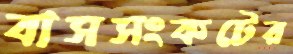
বাসসংকটের